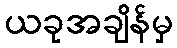
ယခုအချိန်မှ